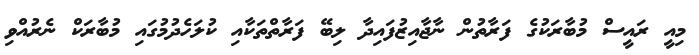
މިއީ ރައީސް މުބާރަކުގެ ފަރާތުން ނާޖާއިޒުފައިދާ ލިބޭ ފަރާތްތަކާއި ކުލަހެދުމުގައި މުބާރަކް ނެރުއްވި